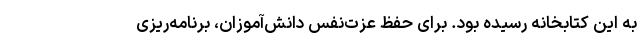
به این کتابخانه رسیده بود. برای حفظ عزت‌نفس دانش‌آموزان، برنامه‌ریزی